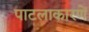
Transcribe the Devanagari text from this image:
पाटलाकारणें